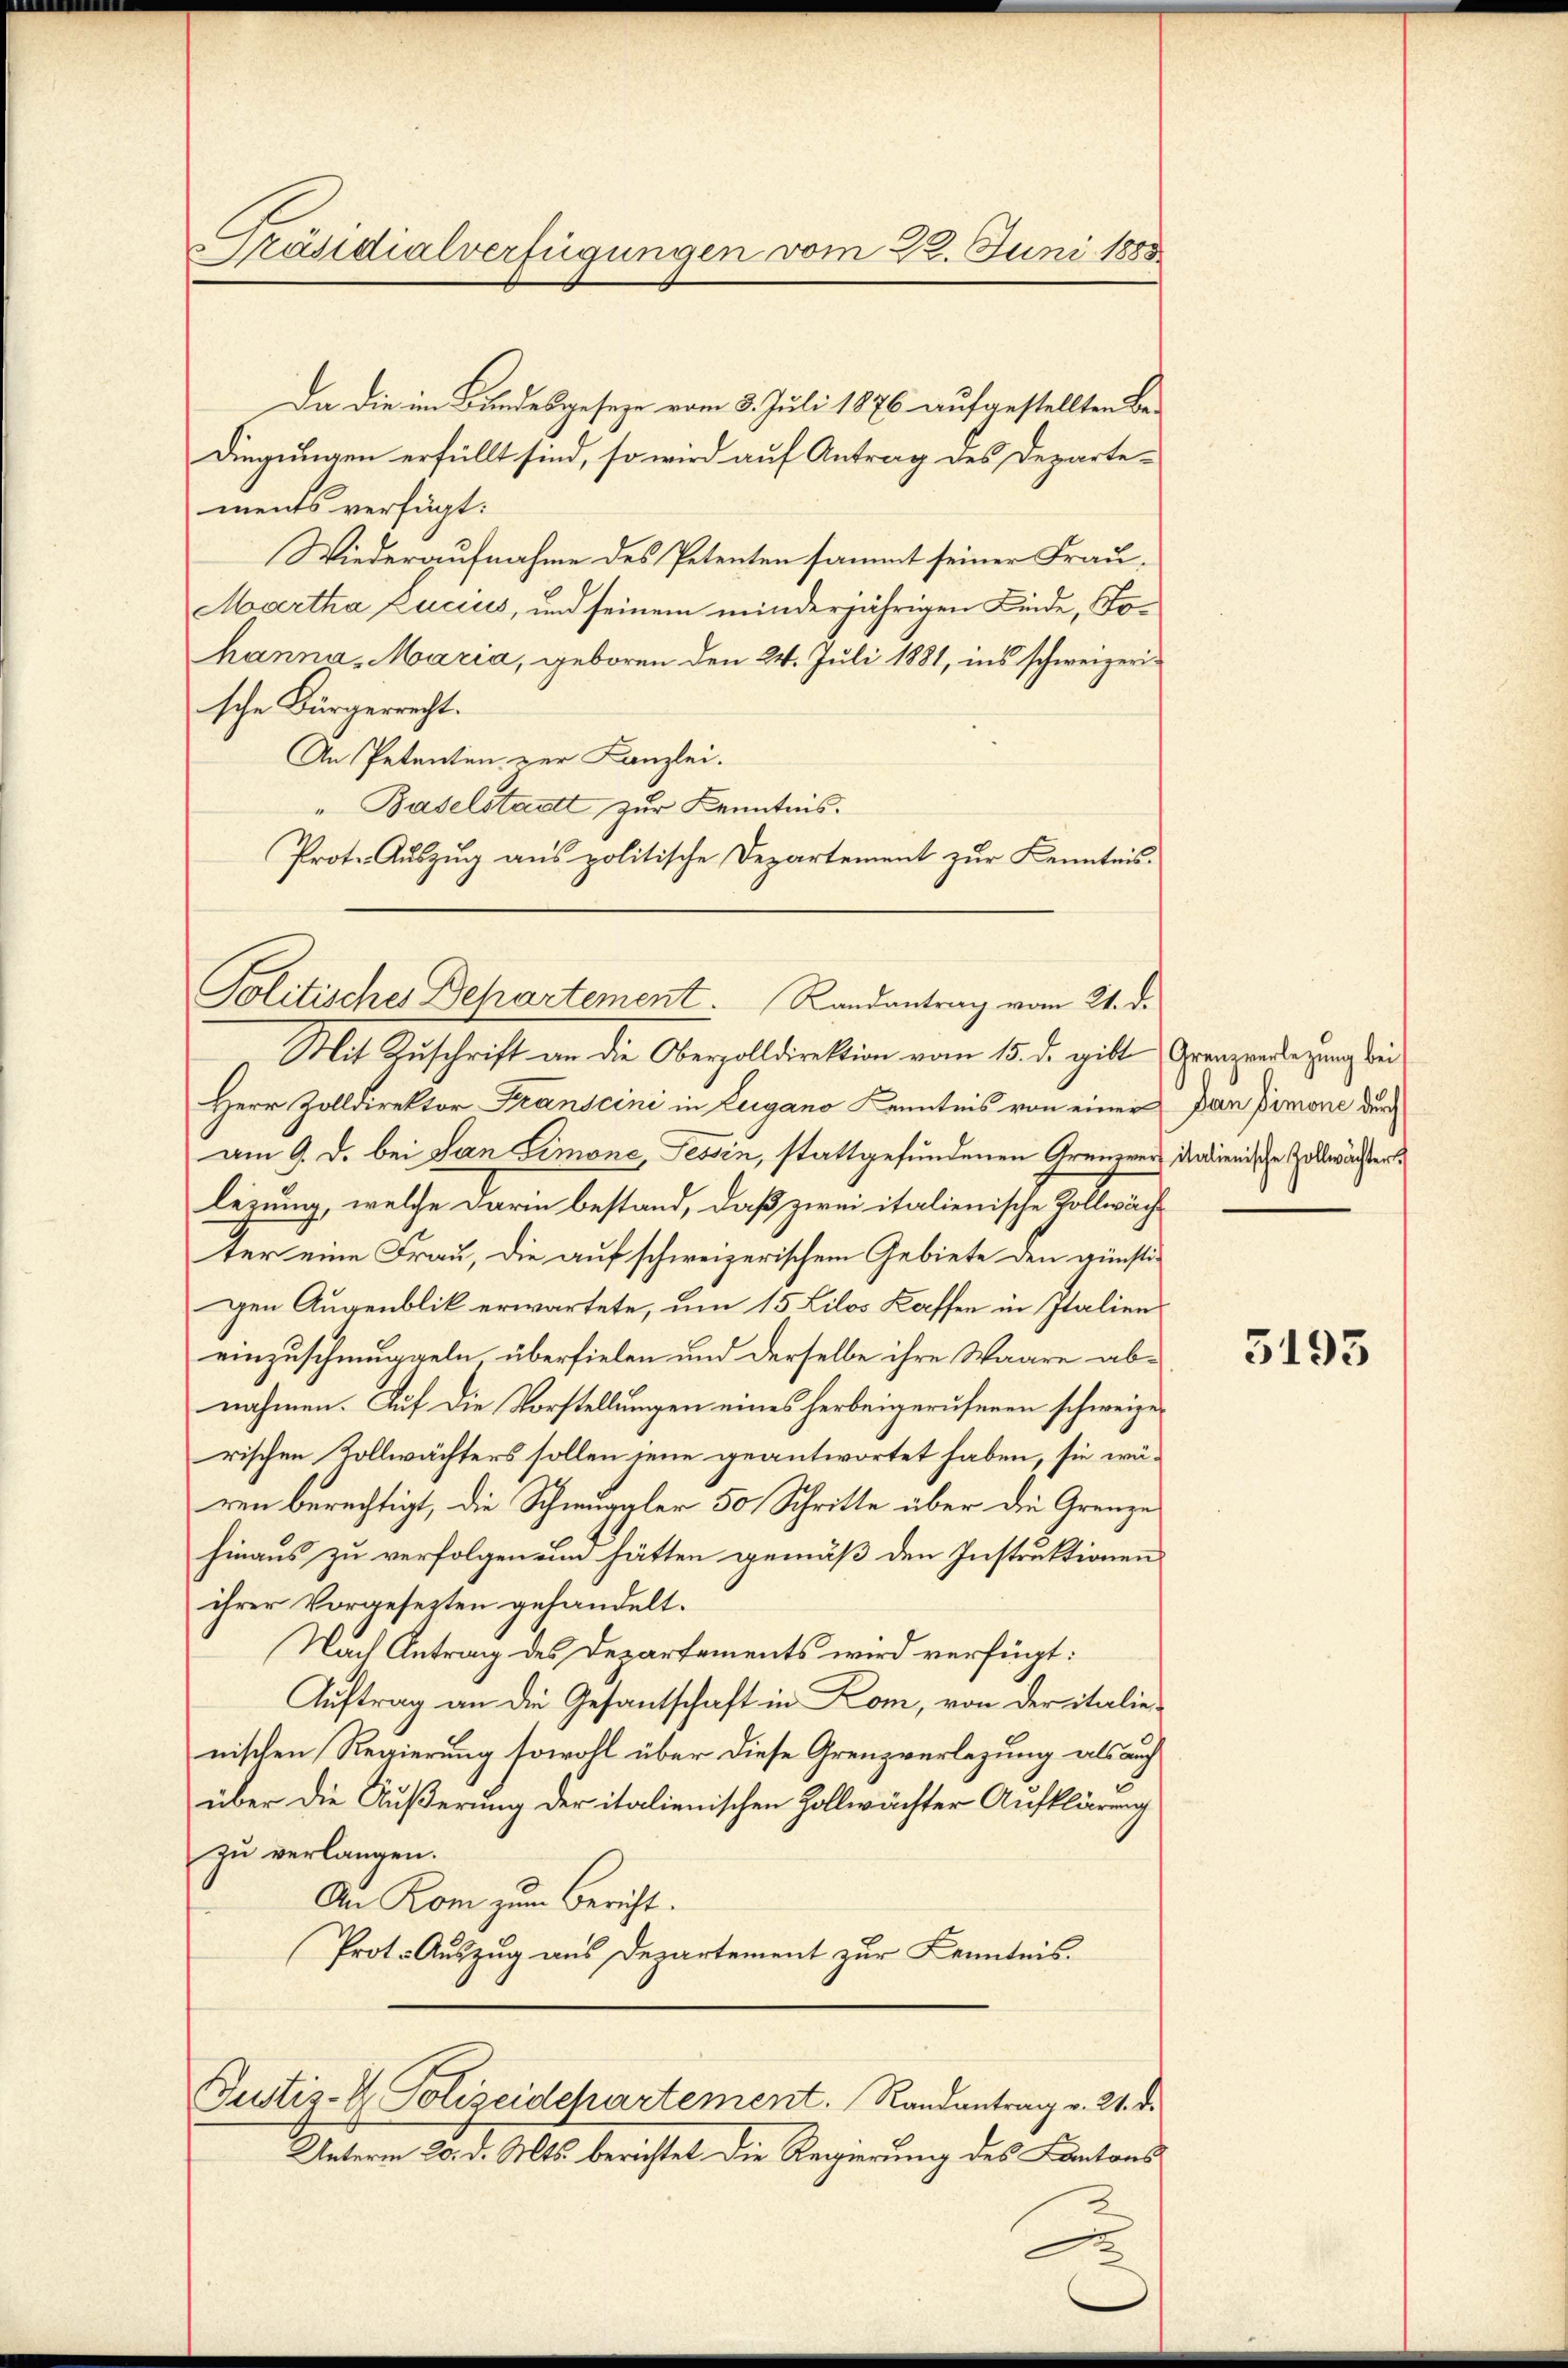
Präsidialverfügungen vom 22. Juni 1885

Da die im Bundesgeseze vom 3. Juli 1876 aufgestellten Bedingungen erfüllt sind, so wird auf Antrag des Departements verfügt:
Wiederaufnahme des Petenten sammt seiner Frau¬
Martha Lucius, und seinem minderjährigen Kinde, Tohanna, Maria, geboren den 24. Juli 1881, ins schweizerische Bürgerrecht.
An Petenten zur Kanzlei.
" Baselstadtt zur Kenntnis.
Prote Aŭszŭg aŭs politische Departement zŭr Kenntnis-

Politische Behartement. Randantrag vom 21. d.

Mit Zuschrift an die Oberzolldirektion vom 15. d. gibt Grenzenderung bei
Herr Zolldirektor Franscini in Lugano Kenntnis von einer Dan Pimone der
am 9. d. bei San Limone, Tessin, stattgefundenen Grenzver idealienische Zollwächterlegung, welche darin bestand, daß zwei italienische Kollerach
ter eine Frau, die auf schweizerischem Gebiete den günstigen Augenblik erwartete, um 15 Lilos Kaffen in Italien
einzuschmuggeln überfielen und derselbe ihre Waare abnahmen. Auf die Vorstellungen eines herbeigerufenen schweizerischen Zollwächters sollen jene geantwortet haben, sie wären berechtigt, die Schnugaler 50 Schritte über die Grenze
hinaus zu verfolgen und hätten gemäß den Instruktionen
ihrer Vorgesezten gehandelt.
Nach Antrag des Departements wird verfügt:
Auftrag an die Gesantschaft in Kom, von der italie
nischen Regierung sowoll über diese Grenzverlegung als auch
über die Äußerung der italienischen Zollwächter Aufklärung
zu verlangen.
An Rom zum Bericht.
Prot. Auszug aus Departement zur Kenntnis.
Justiz- & Polizeidepartement. Randantrag v. 21. d.
Unterm 20. d. Mts. berichtet die Regierung des Cantons

3193